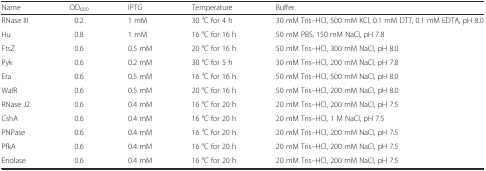
| Name | OD600 | IPTG | Temperature | Buffer |
 | --- | --- | --- | --- | --- |
 | RNase III | 0.2 | 1 mM | 30 °C for 4 h | 30 mM Tris–HCl, 500 mM KCl, 0.1 mM DTT, 0.1 mM EDTA, pH 8.0 |
 | Hu | 0.8 | 1 mM | 16 °C for 16 h | 50 mM PBS, 150 mM NaCl, pH 7.8 |
 | FtsZ | 0.6 | 0.5 mM | 20 °C for 16 h | 50 mM Tris–HCl, 300 mM NaCl, pH 8.0 |
 | Pyk | 0.6 | 0.2 mM | 30 °C for 5 h | 30 mM Tris–HCl, 200 mM NaCl, pH 7.8 |
 | Era | 0.6 | 0.5 mM | 16 °C for 16 h | 50 mM Tris–HCl, 500 mM NaCl, pH 8.0 |
 | WalR | 0.6 | 0.5 mM | 20 °C for 16 h | 50 mM Tris–HCl, 200 mM NaCl, pH 8.0 |
 | RNase J2 | 0.6 | 0.4 mM | 16 °C for 20 h | 20 mM Tris–HCl, 200 mM NaCl, pH 7.5 |
 | CshA | 0.6 | 0.4 mM | 16 °C for 20 h | 20 mM Tris–HCl, 1 M NaCl, pH 7.5 |
 | PNPase | 0.6 | 0.4 mM | 16 °C for 20 h | 20 mM Tris–HCl, 200 mM NaCl, pH 7.5 |
 | PfkA | 0.6 | 0.4 mM | 16 °C for 20 h | 20 mM Tris–HCl, 200 mM NaCl, pH 7.5 |
 | Enolase | 0.6 | 0.4 mM | 16 °C for 20 h | 20 mM Tris–HCl, 200 mM NaCl, pH 7.5 |